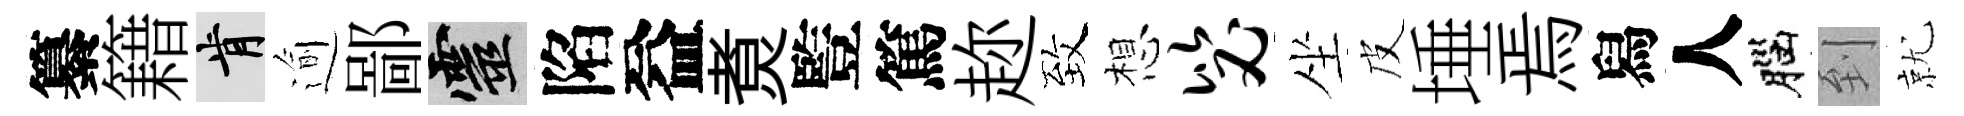
纂籍肯逾鄙靈陷益煑䜿篤趂致想毖坐皮埵焉舄人腦到就